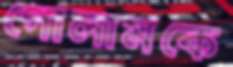
গোলামকে